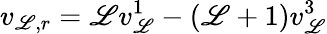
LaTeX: v_{\mathscr{L},r}=\mathscr{L}v_{\mathscr{L}}^{1}-(\mathscr{L}+1)v_{\mathscr{L}}^{3}